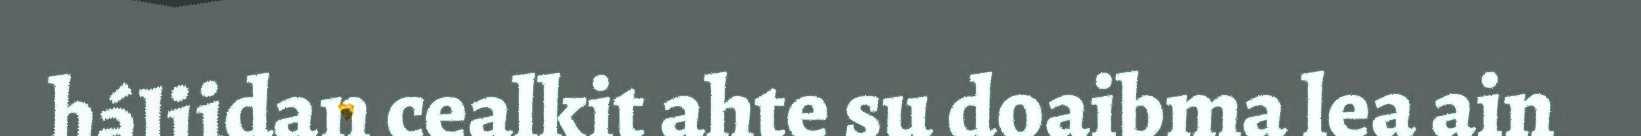
háliidan cealkit ahte su doaibma lea ain